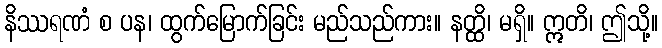
နိဿရဏံ စ ပန၊ ထွက်မြောက်ခြင်း မည်သည်ကား။ နတ္ထိ၊ မရှိ။ ဣတိ၊ ဤသို့။